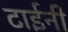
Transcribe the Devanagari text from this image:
टाईनी